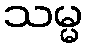
သမ္မ